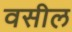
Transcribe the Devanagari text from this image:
वसील